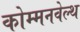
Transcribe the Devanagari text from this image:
कोम्मनवेल्थ